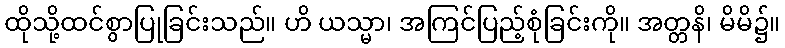
ထိုသို့ထင်စွာပြုခြင်းသည်။ ဟိ ယသ္မာ၊ အကြင်ပြည့်စုံခြင်းကို။ အတ္တနိ၊ မိမိ၌။